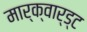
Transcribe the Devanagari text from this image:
मार्क्वार्ड्ट